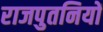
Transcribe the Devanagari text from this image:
राजपुतनियों